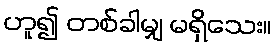
ဟူ၍ တစ်ခါမျှ မရှိသေး။